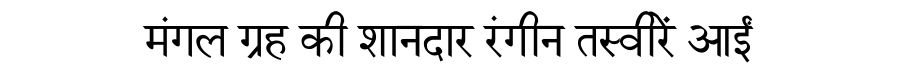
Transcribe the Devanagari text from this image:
मंगल ग्रह की शानदार रंगीन तस्वीरें आईं